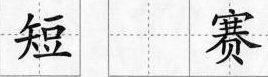
短 赛